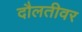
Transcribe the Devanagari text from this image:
दौलतीवर